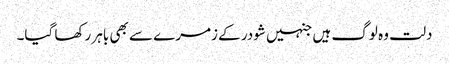
دلت وہ لوگ ہیں جنہیں شودر کے زمرے سے بھی باہر رکھا گیا۔